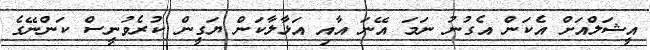
އީޝަލްއަށް އެކަން އެގުނު ނަމަ އޭނަ އާއި އަޅާލާކަން ޔަގީން ކުރެވުނީސް ކަންނޭގެ